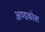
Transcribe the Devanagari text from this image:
अण्डकोश